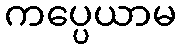
ကပ္ပေယာမ